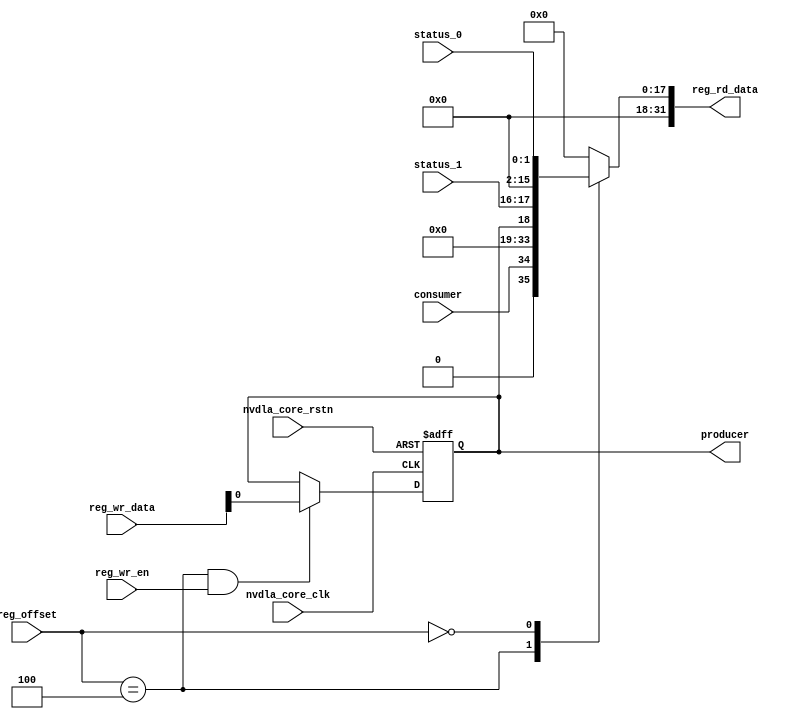
// ================================================================
// NVDLA Open Source Project
//
// Copyright(c) 2016 - 2017 NVIDIA Corporation. Licensed under the
// NVDLA Open Hardware License; Check "LICENSE" which comes with
// this distribution for more information.
// ================================================================
module NV_NVDLA_CSC_single_reg (
   reg_rd_data
  ,reg_offset
// verilint 498 off
// leda UNUSED_DEC off
  ,reg_wr_data
// verilint 498 on
// leda UNUSED_DEC on
  ,reg_wr_en
  ,nvdla_core_clk
  ,nvdla_core_rstn
  ,producer
  ,consumer
  ,status_0
  ,status_1
  );
wire [31:0] nvdla_csc_s_pointer_0_out;
wire [31:0] nvdla_csc_s_status_0_out;
wire [11:0] reg_offset_rd_int;
wire [31:0] reg_offset_wr;
// Register control interface
output [31:0] reg_rd_data;
input [11:0] reg_offset;
input [31:0] reg_wr_data; //(UNUSED_DEC)
input reg_wr_en;
input nvdla_core_clk;
input nvdla_core_rstn;
// Writable register flop/trigger outputs
output producer;
// Read-only register inputs
input consumer;
input [1:0] status_0;
input [1:0] status_1;
// wr_mask register inputs
// rstn register inputs
// leda FM_2_23 off
reg arreggen_abort_on_invalid_wr;
reg arreggen_abort_on_rowr;
reg arreggen_dump;
// leda FM_2_23 on
reg producer;
reg [31:0] reg_rd_data;
assign reg_offset_wr = {20'b0 , reg_offset};
// SCR signals
// Address decode
wire nvdla_csc_s_pointer_0_wren = (reg_offset_wr == (32'h6004 & 32'h00000fff)) & reg_wr_en ; //spyglass disable UnloadedNet-ML //(W528)
wire nvdla_csc_s_status_0_wren = (reg_offset_wr == (32'h6000 & 32'h00000fff)) & reg_wr_en ; //spyglass disable UnloadedNet-ML //(W528)
assign nvdla_csc_s_pointer_0_out[31:0] = { 15'b0, consumer, 15'b0, producer };
assign nvdla_csc_s_status_0_out[31:0] = { 14'b0, status_1, 14'b0, status_0 };
assign reg_offset_rd_int = reg_offset;
// Output mux
//spyglass disable_block W338, W263
always @(
  reg_offset_rd_int
  or nvdla_csc_s_pointer_0_out
  or nvdla_csc_s_status_0_out
  ) begin
  case (reg_offset_rd_int)
     (32'h6004 & 32'h00000fff): begin
                            reg_rd_data = nvdla_csc_s_pointer_0_out ;
                            end
     (32'h6000 & 32'h00000fff): begin
                            reg_rd_data = nvdla_csc_s_status_0_out ;
                            end
    default: reg_rd_data = {32{1'b0}};
  endcase
end
//spyglass enable_block W338, W263
// spyglass disable_block STARC-2.10.1.6, NoConstWithXZ, W443
// Register flop declarations
always @(posedge nvdla_core_clk or negedge nvdla_core_rstn) begin
  if (!nvdla_core_rstn) begin
    producer <= 1'b0;
  end else begin
// Not generating flops for read-only field NVDLA_CSC_S_POINTER_0::consumer
// Register: NVDLA_CSC_S_POINTER_0 Field: producer
  if (nvdla_csc_s_pointer_0_wren) begin
    producer <= reg_wr_data[0];
  end
// Not generating flops for read-only field NVDLA_CSC_S_STATUS_0::status_0
// Not generating flops for read-only field NVDLA_CSC_S_STATUS_0::status_1
  end
end
// spyglass enable_block STARC-2.10.1.6, NoConstWithXZ, W443
// synopsys translate_off
// VCS coverage off
initial begin
  arreggen_dump = $test$plusargs("arreggen_dump_wr");
  arreggen_abort_on_rowr = $test$plusargs("arreggen_abort_on_rowr");
  arreggen_abort_on_invalid_wr = $test$plusargs("arreggen_abort_on_invalid_wr");
`ifdef VERILATOR
`else
  $timeformat(-9, 2, "ns", 15);
`endif
end
always @(posedge nvdla_core_clk) begin
  if (reg_wr_en) begin
    case(reg_offset)
      (32'h6004 & 32'h00000fff): if (arreggen_dump) $display("%t:%m: reg wr: NVDLA_CSC_S_POINTER_0 = 0x%h (old value: 0x%h, 0x%b))", $time, reg_wr_data, nvdla_csc_s_pointer_0_out, nvdla_csc_s_pointer_0_out);
      (32'h6000 & 32'h00000fff): begin
          if (arreggen_dump) $display("%t:%m: read-only reg wr: NVDLA_CSC_S_STATUS_0 = 0x%h", $time, reg_wr_data);
          if (arreggen_abort_on_rowr) begin $display("ERROR: write to read-only register!"); $finish; end
        end
      default: begin
          if (arreggen_dump) $display("%t:%m: reg wr: Unknown register (0x%h) = 0x%h", $time, reg_offset, reg_wr_data);
          if (arreggen_abort_on_invalid_wr) begin $display("ERROR: write to undefined register!"); $finish; end
        end
    endcase
  end
end
// VCS coverage on
// synopsys translate_on
endmodule // NV_NVDLA_CSC_single_reg